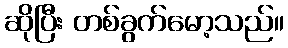
ဆိုပြီး တစ်ခွက်မော့သည်။